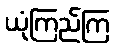
ယုံကြည်ကြ